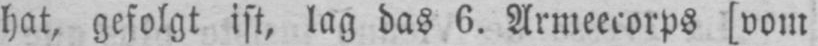
hat, gefolgt ist, lag das 6. Armeecorps [vom